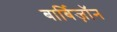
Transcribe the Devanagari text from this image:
बार्बिज़ॉन